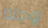
زوجته